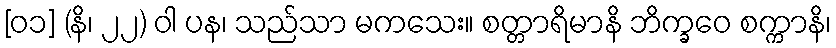
[၀၁] (နိ၊ ၂၂) ဝါ ပန၊ သည်သာ မကသေး။ စတ္တာရိမာနိ ဘိက္ခဝေ စက္ကာနိ၊